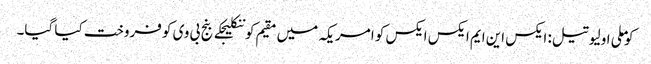
کوملی اولیو تیل: ایکس این ایم ایکس ایکس کو امریکہ میں مقیم کوننکلیجکے بنج بی وی کو فروخت کیا گیا۔